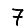
Digit: 7